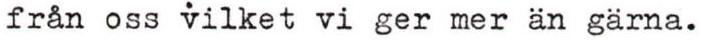
från oss vilket vi ger mer än gärna.